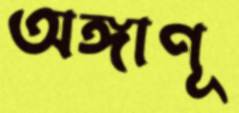
অঙ্গাণূ